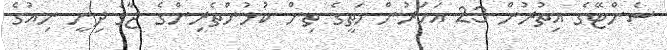
ސެންޓޭގެ އިތުރުން 23 އަހަރުން މަތީގެ ތިން ކުޅުންތެރިންގެ ޖާގަ ދިނީ ނިއުގެ